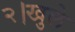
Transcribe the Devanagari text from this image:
२।खुले